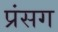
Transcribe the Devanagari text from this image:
प्रंसग